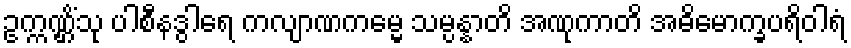
ဥက္ကဏ္ဌိံသု ပါစီနဒွါရေ ကလျာဏကမ္မေ သမ္ပန္နာတိ အဏုကာတိ အဓိမောက္ခပရိဝါရံ